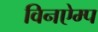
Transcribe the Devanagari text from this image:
विनऐम्प